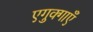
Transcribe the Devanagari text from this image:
एगुक्गाएँ